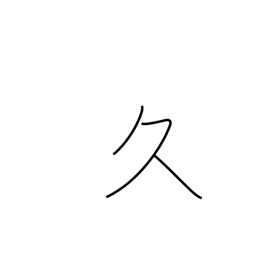
Meaning: long time